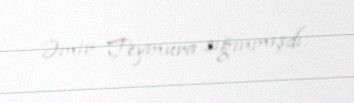
Əmir Teymura sığınmışdı.